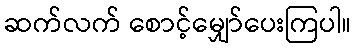
ဆက်လက် စောင့်မျှော်ပေးကြပါ။